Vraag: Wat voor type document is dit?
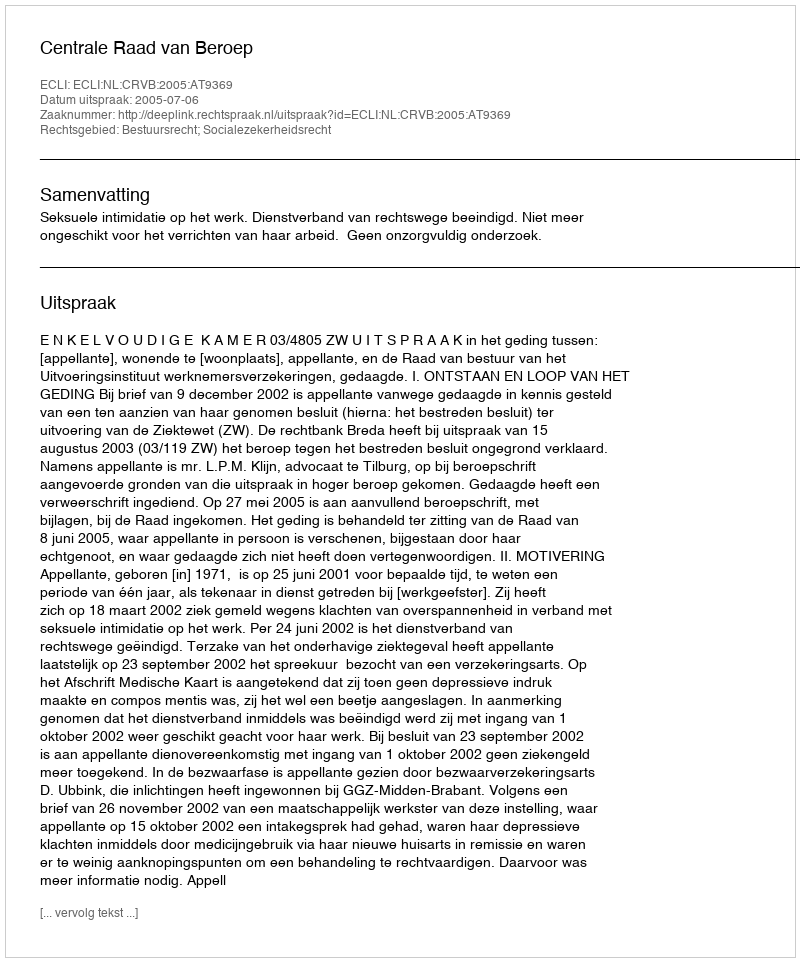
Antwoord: Uitspraak